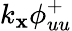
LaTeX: {k_{\mathbf{x}}}{{\phi}_{uu}^{+}}